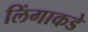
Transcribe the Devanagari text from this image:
लिंगाकडे